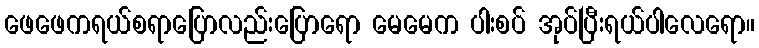
ဖေဖေကရယ်စရာပြောလည်းပြောရော မေမေက ပါးစပ် အုပ်ပြီးရယ်ပါလေရော။